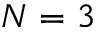
N = 3